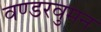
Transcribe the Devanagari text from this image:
वण्डरवुमन